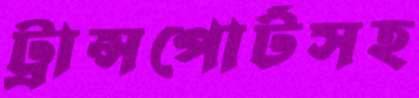
ট্রান্সপোর্টসহ